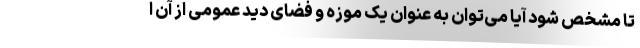
تا مشخص شود آیا می‌توان به عنوان یک موزه و فضای دید عمومی از آن ا